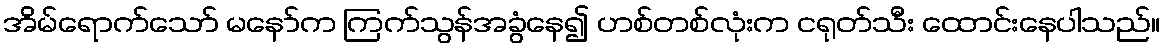
အိမ်ရောက်သော် မနော်က ကြက်သွန်အခွံနေ၍ ဟစ်တစ်လုံးက ငရုတ်သီး ထောင်းနေပါသည်။